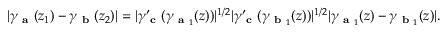
\vert \gamma _ { \textbf { a } } ( z _ { 1 } ) - \gamma _ { \textbf { b } } ( z _ { 2 } ) \vert = \vert \gamma _ { \textbf { c } } ^ { \prime } ( \gamma _ { \textbf { a } _ { 1 } } ( z ) ) \vert ^ { 1 / 2 } \vert \gamma _ { \textbf { c } } ^ { \prime } ( \gamma _ { \textbf { b } _ { 1 } } ( z ) ) \vert ^ { 1 / 2 } \vert \gamma _ { \textbf { a } _ { 1 } } ( z ) - \gamma _ { \textbf { b } _ { 1 } } ( z ) \vert .